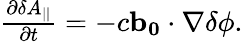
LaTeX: \begin{array}{r}{\frac{\partial\delta A_{||}}{\partial t}=-c\mathbf{b_{0}}\cdot\nabla\delta\phi.}\end{array}